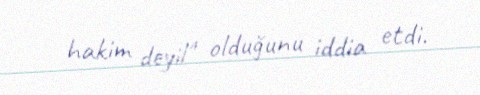
hakim deyil" olduğunu iddia etdi.